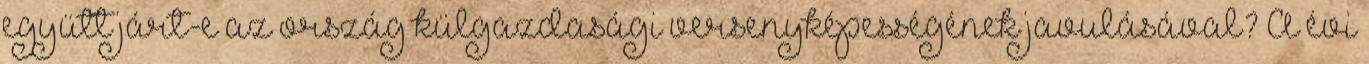
együtt járt-e az ország külgazdasági versenyképességének javulásával? A évi